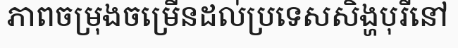
ភាពចម្រុងចម្រើនដល់ប្រទេសសិង្ហបុរីនៅ